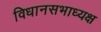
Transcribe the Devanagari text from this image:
विधानसभाध्यक्ष